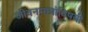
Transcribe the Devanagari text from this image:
जीवनमात्रांविषयी